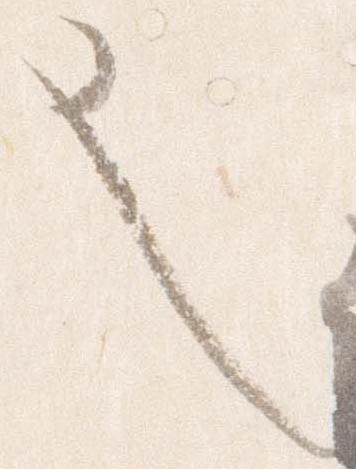
也